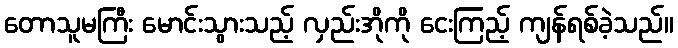
တောသူမကြီး မောင်းသွားသည့် လှည်းအိုကို ငေးကြည့် ကျန်ရစ်ခဲ့သည်။